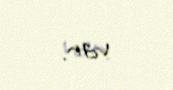
var.